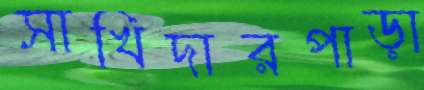
সাখিদারপাড়া